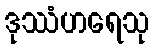
ဒုဿံဟရေသု